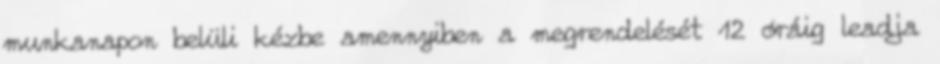
munkanapon belüli kézbe amennyiben a megrendelését 12 óráig leadja